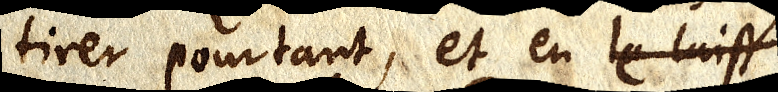
tirer pourtant, et en le luist